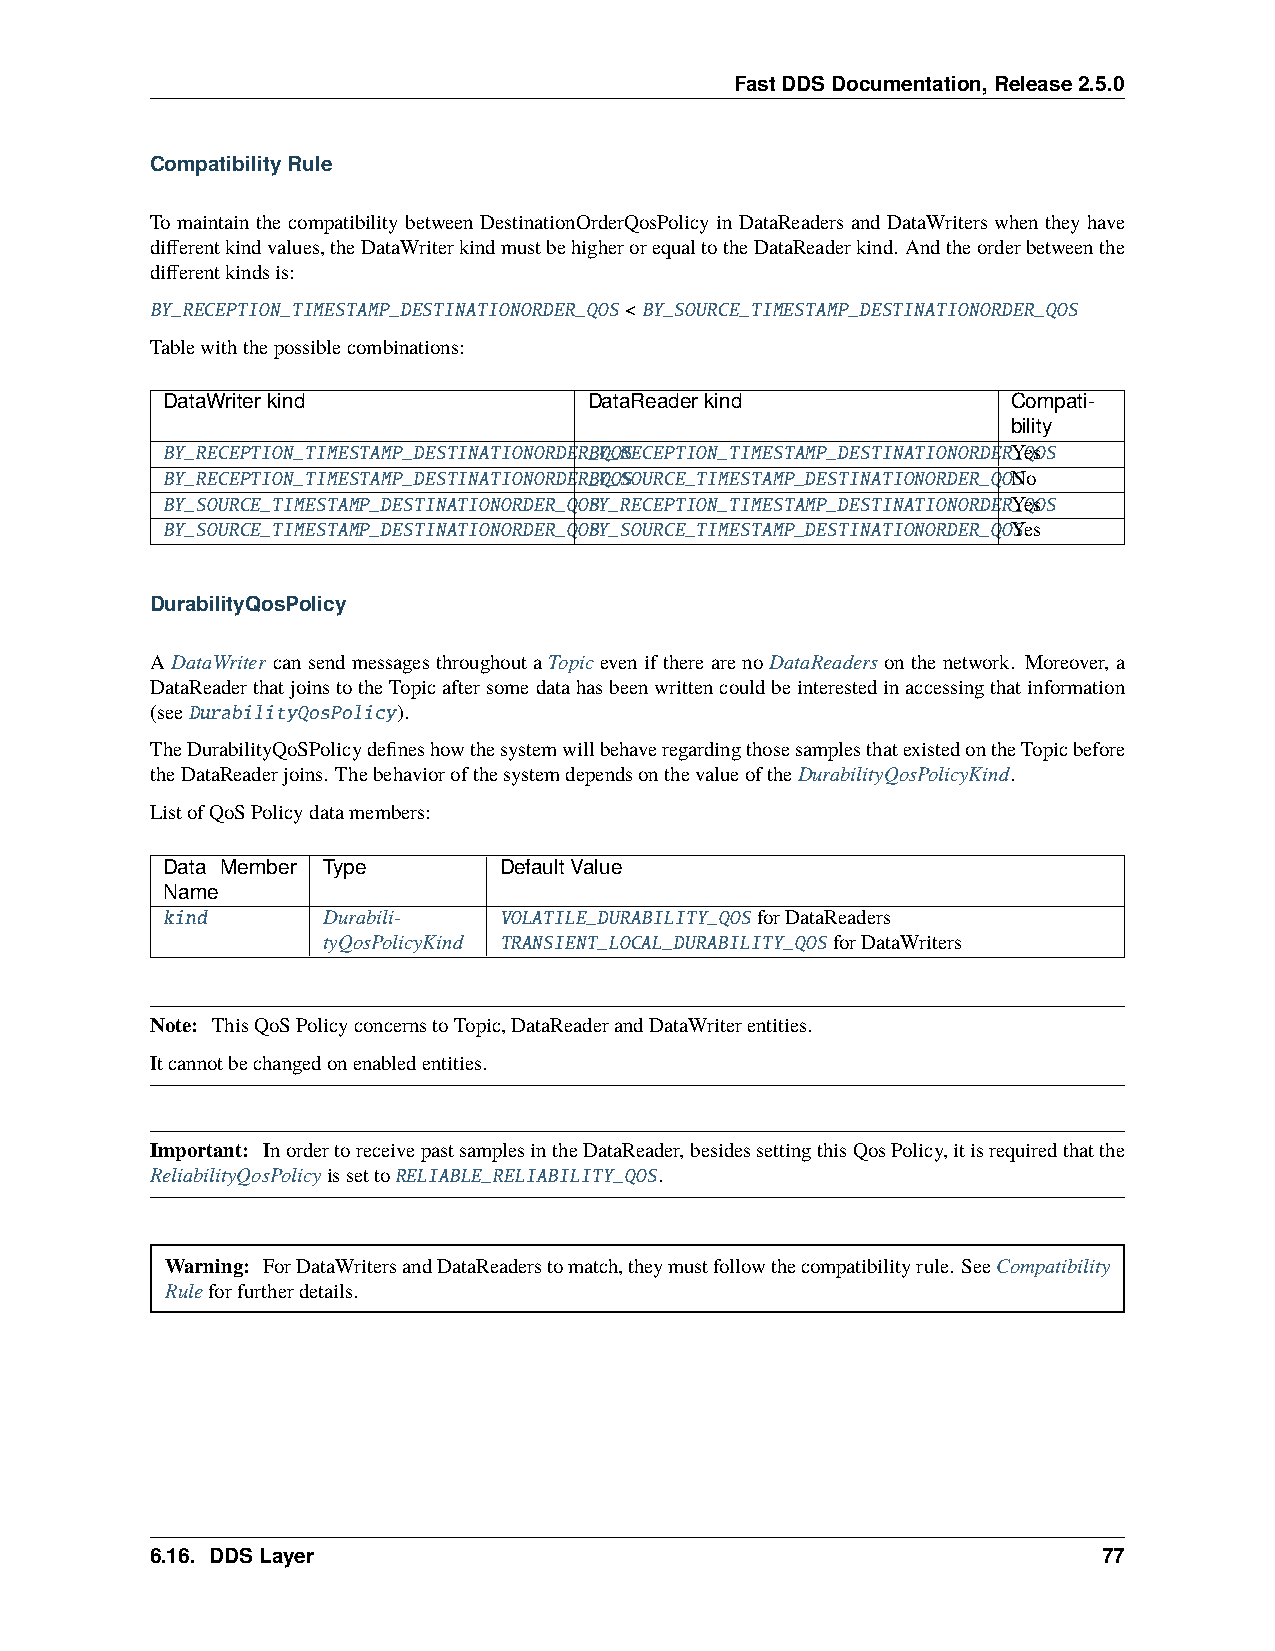
FastDDSDocumentation,Release2.5.0
 CompatibilityRule
 To maintain the compatibility between DestinationOrderQosPolicy in DataReaders and DataWriters when they have
 differentkindvalues,theDataWriterkindmustbehigherorequaltotheDataReaderkind. Andtheorderbetweenthe
 differentkindsis:
 BY_RECEPTION_TIMESTAMP_DESTINATIONORDER_QOS <BY_SOURCE_TIMESTAMP_DESTINATIONORDER_QOS
 Tablewiththepossiblecombinations:
 DataWriterkind              DataReaderkind              Compati-
 bility
 BY_RECEPTION_TIMESTAMP_DESTINATIONORDERB_YQ_ORSECEPTION_TIMESTAMP_DESTINATIONORDERY_QesOS
 BY_RECEPTION_TIMESTAMP_DESTINATIONORDERB_YQ_OSSOURCE_TIMESTAMP_DESTINATIONORDER_QONSo
 BY_SOURCE_TIMESTAMP_DESTINATIONORDER_QOBSY_RECEPTION_TIMESTAMP_DESTINATIONORDERY_QesOS
 BY_SOURCE_TIMESTAMP_DESTINATIONORDER_QOBSY_SOURCE_TIMESTAMP_DESTINATIONORDER_QOYSes
 DurabilityQosPolicy
 ADataWriter cansendmessagesthroughoutaTopic eveniftherearenoDataReadersonthenetwork. Moreover, a
 DataReaderthatjoinstotheTopicaftersomedatahasbeenwrittencouldbeinterestedinaccessingthatinformation
 (seeDurabilityQosPolicy).
 TheDurabilityQoSPolicydefineshowthesystemwillbehaveregardingthosesamplesthatexistedontheTopicbefore
 theDataReaderjoins. ThebehaviorofthesystemdependsonthevalueoftheDurabilityQosPolicyKind.
 ListofQoSPolicydatamembers:
 Data Member Type      DefaultValue
 Name
 kind      Durabili-   VOLATILE_DURABILITY_QOS forDataReaders
 tyQosPolicyKind TRANSIENT_LOCAL_DURABILITY_QOS forDataWriters
 Note: ThisQoSPolicyconcernstoTopic,DataReaderandDataWriterentities.
 Itcannotbechangedonenabledentities.
 Important: InordertoreceivepastsamplesintheDataReader,besidessettingthisQosPolicy,itisrequiredthatthe
 ReliabilityQosPolicyissettoRELIABLE_RELIABILITY_QOS.
 Warning: ForDataWritersandDataReaderstomatch,theymustfollowthecompatibilityrule. SeeCompatibility
 Ruleforfurtherdetails.
 6.16. DDSLayer                                                 77